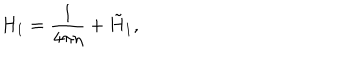
H _ { 1 } = { \frac { 1 } { 4 \pi \eta } } + \tilde { H } _ { 1 } ,